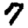
Digit: 7